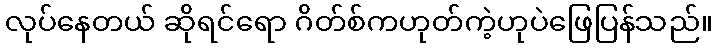
လုပ်နေတယ် ဆိုရင်ရော ဂိတ်စ်ကဟုတ်ကဲ့ဟုပဲဖြေပြန်သည်။